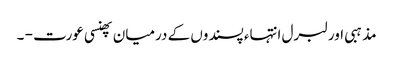
مذہبی اور لبرل انتہاء پسندوں کے درمیان پھنسی عورت - ۔